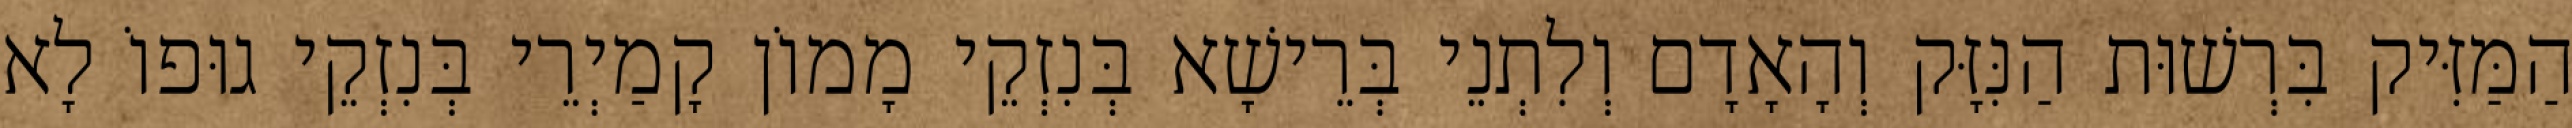
הַמַּזִּיק בִּרְשׁוּת הַנִּזָּק וְהָאָדָם וְלִתְנֵי בְּרֵישָׁא בְּנִזְקֵי מָמוֹן קָמַיְרֵי בְּנִזְקֵי גוּפוֹ לָא